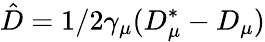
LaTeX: \hat{D}=1/2\gamma_{\mu}(D_{\mu}^{*}-D_{\mu})